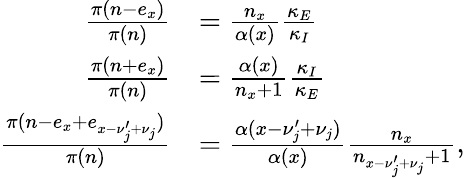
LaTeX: \begin{array}{rl}{\frac{\pi(n-e_{x})}{\pi(n)}}&{=\frac{n_{x}}{\alpha(x)}\frac{\kappa_{E}}{\kappa_{I}}}\\ {\frac{\pi(n+e_{x})}{\pi(n)}}&{=\frac{\alpha(x)}{n_{x}+1}\frac{\kappa_{I}}{\kappa_{E}}}\\ {\frac{\pi(n-e_{x}+e_{x-\nu_{j}^{\prime}+\nu_{j}})}{\pi(n)}}&{=\frac{\alpha(x-\nu_{j}^{\prime}+\nu_{j})}{\alpha(x)}\frac{n_{x}}{n_{x-\nu_{j}^{\prime}+\nu_{j}}+1},}\end{array}